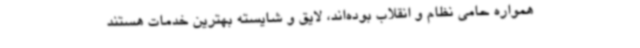
همواره حامی نظام و انقلاب بوده‌اند، لایق و شایسته بهترین خدمات هستند